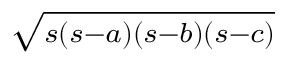
\sqrt { \scriptstyle { s ( s - a ) ( s - b ) ( s - c ) } }